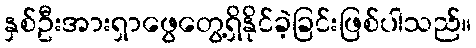
နှစ်ဦးအားရှာဖွေတွေ့ရှိနိုင်ခဲ့ခြင်းဖြစ်ပါသည်။